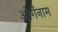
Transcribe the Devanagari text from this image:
ओर्गेनाम